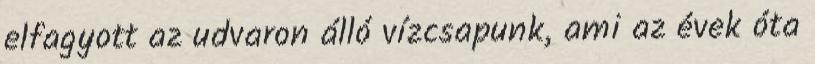
elfagyott az udvaron álló vízcsapunk, ami az évek óta